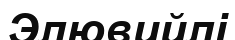
Элювийлі